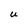
Character: U